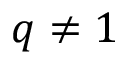
q \ne 1